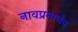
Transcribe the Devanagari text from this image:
नावप्रमाणेच